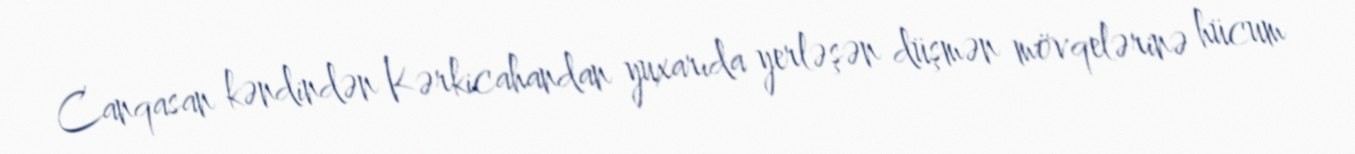
Canqasan kəndindən Kərkicahandan yuxarıda yerləşən düşmən mövqelərinə hücum